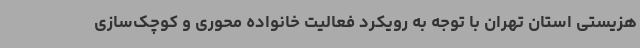
هزیستی استان تهران با توجه به رویکرد فعالیت خانواده محوری و کوچک‌سازی